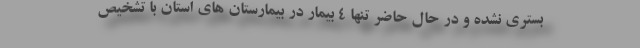
بستری نشده و در حال حاضر تنها ۴ بیمار در بیمارستان های استان با تشخیص